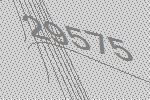
29575